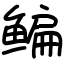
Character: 鳊